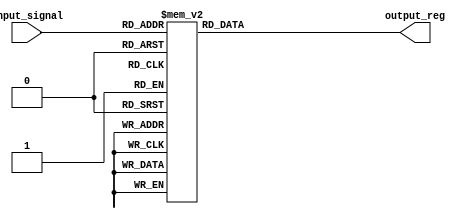
module simple_case(
    input [2:0] input_signal,
    output reg [3:0] output_reg
);

always @(input_signal) begin
    case(input_signal)
        3'b000: output_reg <= 4'b0000;
        3'b001: output_reg <= 4'b0001;
        3'b010: output_reg <= 4'b0010;
        3'b011: output_reg <= 4'b0011;
        3'b100: output_reg <= 4'b0100;
        3'b101: output_reg <= 4'b0101;
        3'b110: output_reg <= 4'b0110;
        3'b111: output_reg <= 4'b0111;
    endcase
end

endmodule